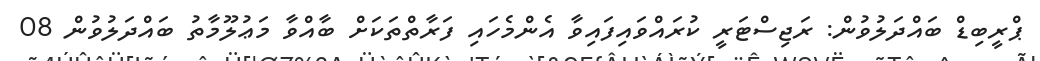
ޕްރީބިޑް ބައްދަލުވުން: ރަޖިސްޓަރީ ކުރައްވައިފައިވާ އެންމެހައި ފަރާތްތަކަށް ބާއްވާ މަޢުލޫމާތު ބައްދަލުވުން 08